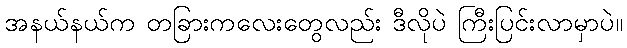
အနယ်နယ်က တခြားကလေးတွေလည်း ဒီလိုပဲ ကြီးပြင်းလာမှာပဲ။